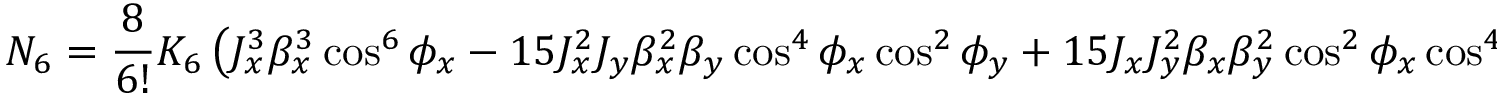
N _ { 6 } = \frac { 8 } { 6 ! } K _ { 6 } \left( J _ { x } ^ { 3 } \beta _ { x } ^ { 3 } \cos ^ { 6 } { \phi _ { x } } - 1 5 J _ { x } ^ { 2 } J _ { y } \beta _ { x } ^ { 2 } \beta _ { y } \cos ^ { 4 } { \phi _ { x } } \cos ^ { 2 } { \phi _ { y } } + 1 5 J _ { x } J _ { y } ^ { 2 } \beta _ { x } \beta _ { y } ^ { 2 } \cos ^ { 2 } { \phi _ { x } } \cos ^ { 4 } { \phi _ { y } } - J _ { y } ^ { 3 } \beta _ { y } ^ { 3 } \cos ^ { 6 } { \phi _ { y } } \right)